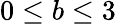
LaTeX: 0\le b\le 3